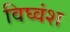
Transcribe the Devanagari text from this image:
विघ्वंश